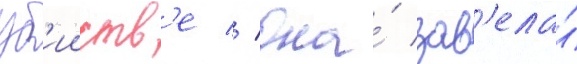
уб'ииств'е // Она́ зав'ела́